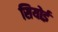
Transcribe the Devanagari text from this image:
सियोई